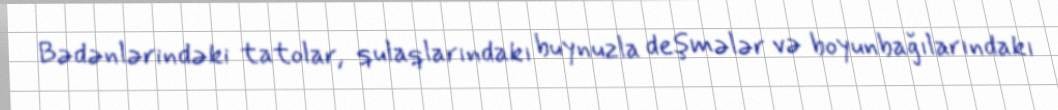
Bədənlərindəki tatolar, qulaqlarındakı buynuzla deşmələr və boyunbağılarındakı